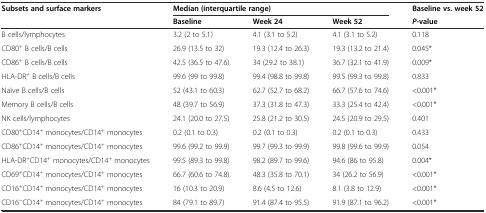
<table><thead><tr><td><b>Subsets and surface markers</b></td><td colspan="3"><b>Median (interquartile range)</b></td><td><b>Baseline vs. week 52</b></td></tr><tr><td></td><td><b>Baseline</b></td><td><b>Week 24</b></td><td><b>Week 52</b></td><td><b><i>P</i>-value</b></td></tr></thead><tbody><tr><td>B cells/lymphocytes</td><td>3.2 (2 to 5.1)</td><td>4.1 (3.1 to 5.2)</td><td>4.1 (3.1 to 5.2)</td><td>0.118</td></tr><tr><td>CD80<sup>+</sup> B cells/B cells</td><td>26.9 (13.5 to 32)</td><td>19.3 (12.4 to 26.3)</td><td>19.3 (13.2 to 21.4)</td><td>0.045*</td></tr><tr><td>CD86<sup>+</sup> B cells/B cells</td><td>42.5 (36.5 to 47.6)</td><td>34 (29.2 to 38.1)</td><td>36.7 (32.1 to 41.9)</td><td>0.009*</td></tr><tr><td>HLA-DR<sup>+</sup> B cells/B cells</td><td>99.6 (99 to 99.8)</td><td>99.4 (98.8 to 99.8)</td><td>99.5 (99.3 to 99.8)</td><td>0.833</td></tr><tr><td>Naïve B cells/B cells</td><td>52 (43.1 to 60.3)</td><td>62.7 (52.7 to 68.2)</td><td>66.7 (57.6 to 74.6)</td><td>&lt;0.001*</td></tr><tr><td>Memory B cells/B cells</td><td>48 (39.7 to 56.9)</td><td>37.3 (31.8 to 47.3)</td><td>33.3 (25.4 to 42.4)</td><td>&lt;0.001*</td></tr><tr><td>NK cells/lymphocytes</td><td>24.1 (20.0 to 27.5)</td><td>25.8 (21.2 to 30.5)</td><td>24.5 (20.9 to 29.5)</td><td>0.401</td></tr><tr><td>CD80<sup>+</sup>CD14<sup>+</sup> monocytes/CD14<sup>+</sup> monocytes</td><td>0.2 (0.1 to 0.3)</td><td>0.2 (0.1 to 0.3)</td><td>0.2 (0.1 to 0.3)</td><td>0.433</td></tr><tr><td>CD86<sup>+</sup>CD14<sup>+</sup> monocytes/CD14<sup>+</sup> monocytes</td><td>99.6 (99.2 to 99.9)</td><td>99.7 (99.3 to 99.9)</td><td>99.8 (99.6 to 99.9)</td><td>0.054</td></tr><tr><td>HLA-DR<sup>+</sup>CD14<sup>+</sup> monocytes/CD14<sup>+</sup> monocytes</td><td>99.5 (89.3 to 99.8)</td><td>98.2 (89.7 to 99.6)</td><td>94.6 (86 to 95.8)</td><td>0.004*</td></tr><tr><td>CD69<sup>+</sup>CD14<sup>+</sup> monocytes/CD14<sup>+</sup> monocytes</td><td>66.7 (60.6 to 74.8)</td><td>48.3 (35.8 to 70.1)</td><td>34 (26.2 to 56.9)</td><td>&lt;0.001*</td></tr><tr><td>CD16<sup>+</sup>CD14<sup>+</sup> monocytes/CD14<sup>+</sup> monocytes</td><td>16 (10.3 to 20.9)</td><td>8.6 (4.5 to 12.6)</td><td>8.1 (3.8 to 12.9)</td><td>&lt;0.001*</td></tr><tr><td>CD16<sup>−</sup>CD14<sup>+</sup> monocytes/CD14<sup>+</sup> monocytes</td><td>84 (79.1 to 89.7)</td><td>91.4 (87.4 to 95.5)</td><td>91.9 (87.1 to 96.2)</td><td>&lt;0.001*</td></tr></tbody></table>